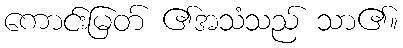
ကောင်းမြတ် ၏အသံသည် သာ၏။